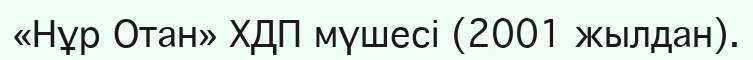
«Нұр Отан» ХДП мүшесі (2001 жылдан).